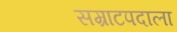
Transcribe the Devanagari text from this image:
सम्राटपदाला